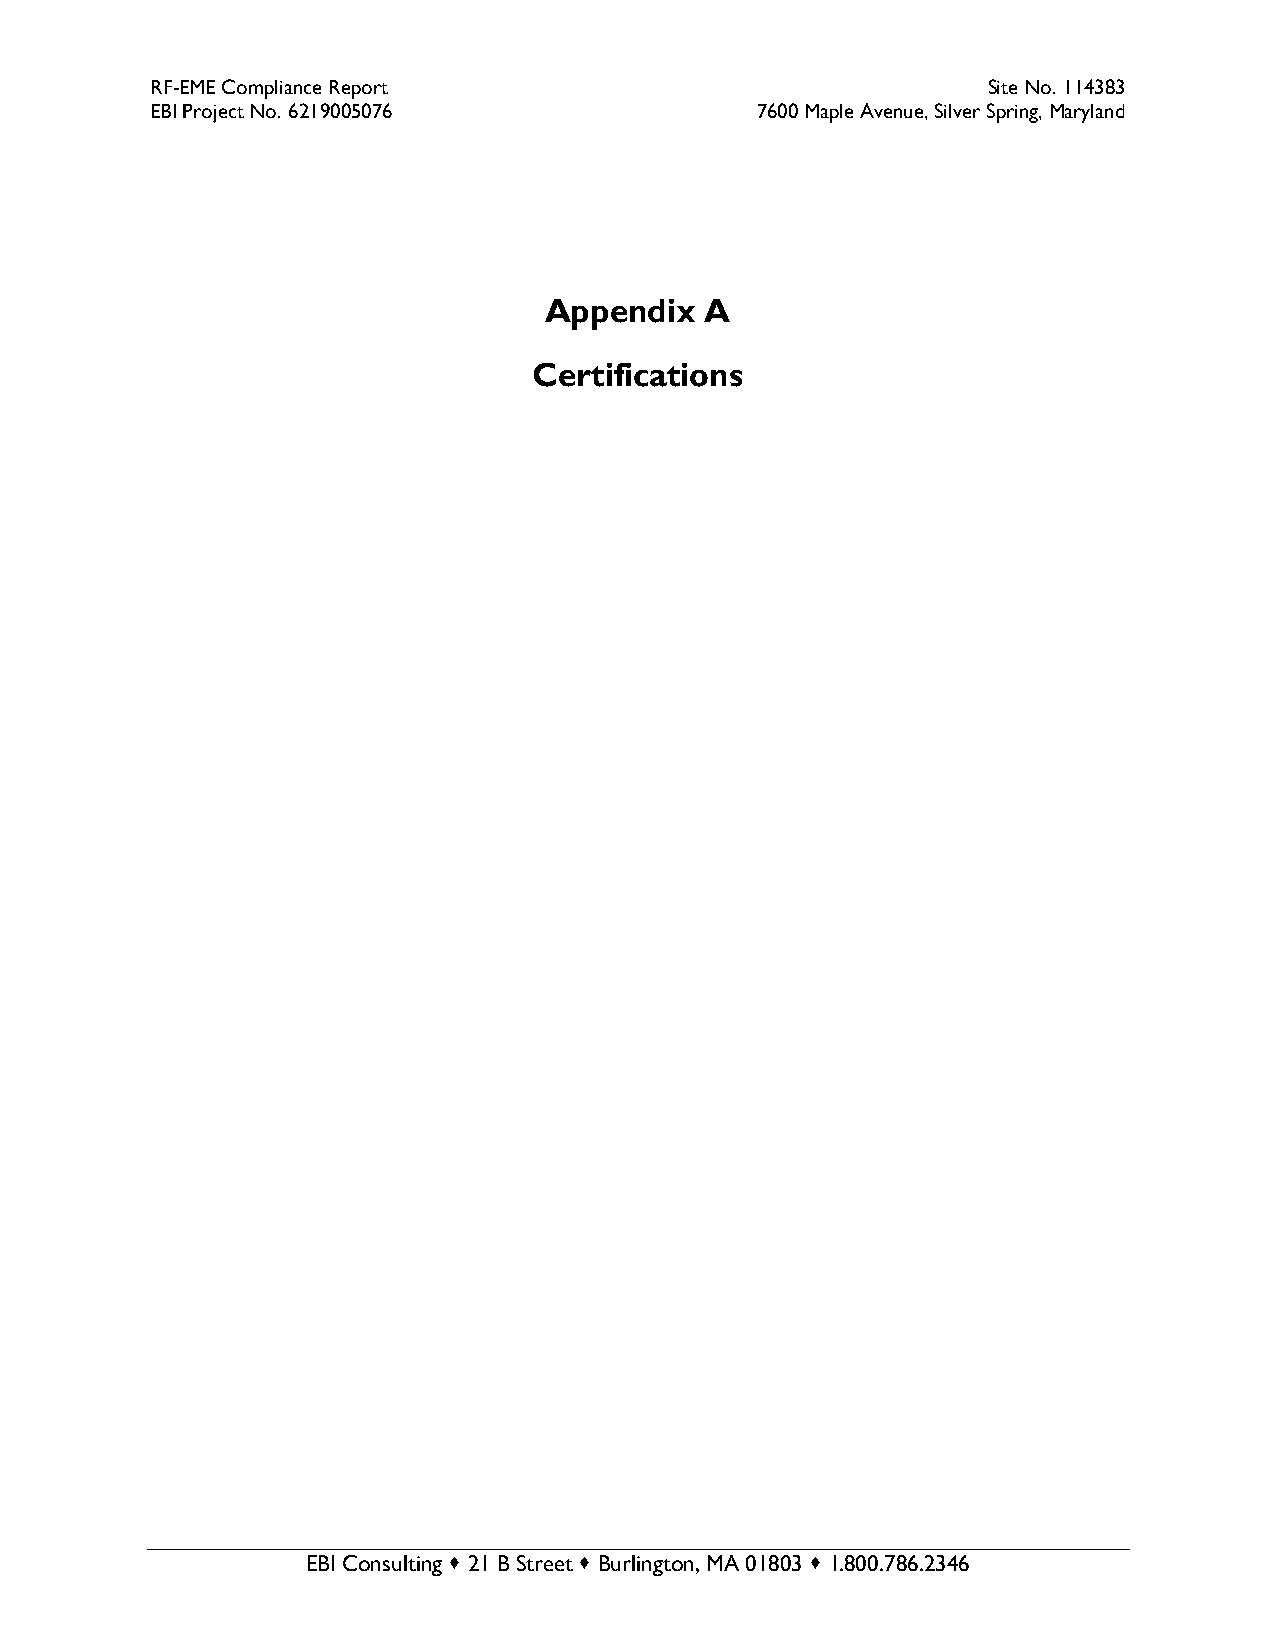
RF-EME Compliance Report                               Site No. 114383
 EBI Project No. 6219005076              7600 Maple Avenue, Silver Spring, Maryland
 Appendix   A
 Certifications
 EBI Consulting  21 B Street  Burlington, MA 01803  1.800.786.2346